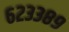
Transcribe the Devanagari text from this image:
६२३३८९